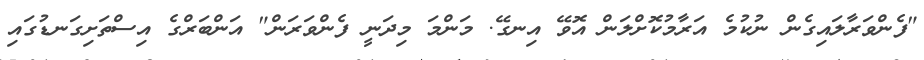
"ފެންވަރާލައިގެން ނުކުމެ އަރާމުކޮށްލަން އޮވޭ އިނގޭ. މަންމަ މިދަނީ ފެންވަރަން" އަންބަރްގެ އިސްތަށިގަނޑުގައި